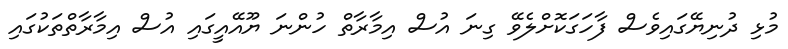
މުޅި ދުނިޔޭގައިވެސް ފާހަގަކޮށްލެވޭ ގިނަ އުސް އިމާރާތް ހުންނަ ޔޫއޭއީގައި އުސް އިމާރާތްތަކުގައި